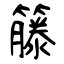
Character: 籐